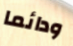
ودائما